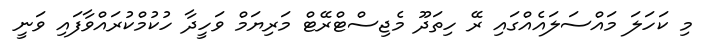
މި ކަހަލަ މައްސަލައެއްގައި ރޭ ހިތަދޫ މެޖިސްޓްރޭޓް މަރިޔަމް ވަހީދާ ހުކުމްކުރައްވާފައި ވަނީ